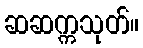
ဆဆက္ကသုတ်။